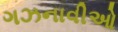
ગઝનાવીઓ